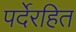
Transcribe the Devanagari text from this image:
पर्देरहित